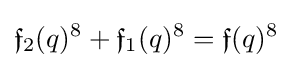
{\mathfrak {f}}_{2}(q)^{8}+{\mathfrak {f}}_{1}(q)^{8}={\mathfrak {f}}(q)^{8}